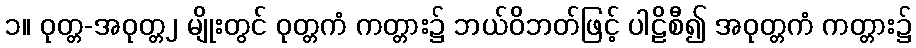
၁။ ဝုတ္တ-အဝုတ္တ၂ မျိုးတွင် ဝုတ္တကံ ကတ္တား၌ ဘယ်ဝိဘတ်ဖြင့် ပါဠိစီ၍ အဝုတ္တကံ ကတ္တား၌